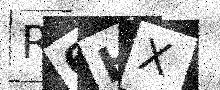
Text: R6HX